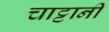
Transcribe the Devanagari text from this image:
चाट्टानी